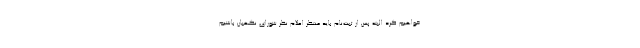
خواهیم کرد البته پس از ثبت‌نام باید منتظر اعلام نظر شورای نگهبان باشیم